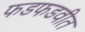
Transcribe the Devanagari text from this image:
फडफडवीत